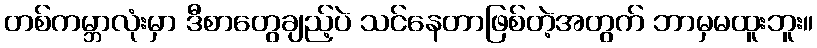
တစ်ကမ္ဘာလုံးမှာ ဒီစာတွေချည့်ပဲ သင်နေတာဖြစ်တဲ့အတွက် ဘာမှမထူးဘူး။